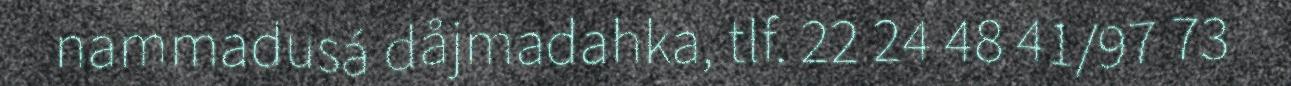
nammadusá dåjmadahka, tlf. 22 24 48 41/97 73